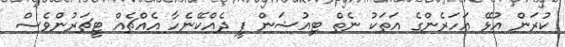
ކުރަން އުޅޭ އަހަރެންގެ އަތަކު ނެތް ޓިއުޝަން ފީ ދެއްކޭނެހާ އެއްޗެއް ޓީޗަރުންވެސް